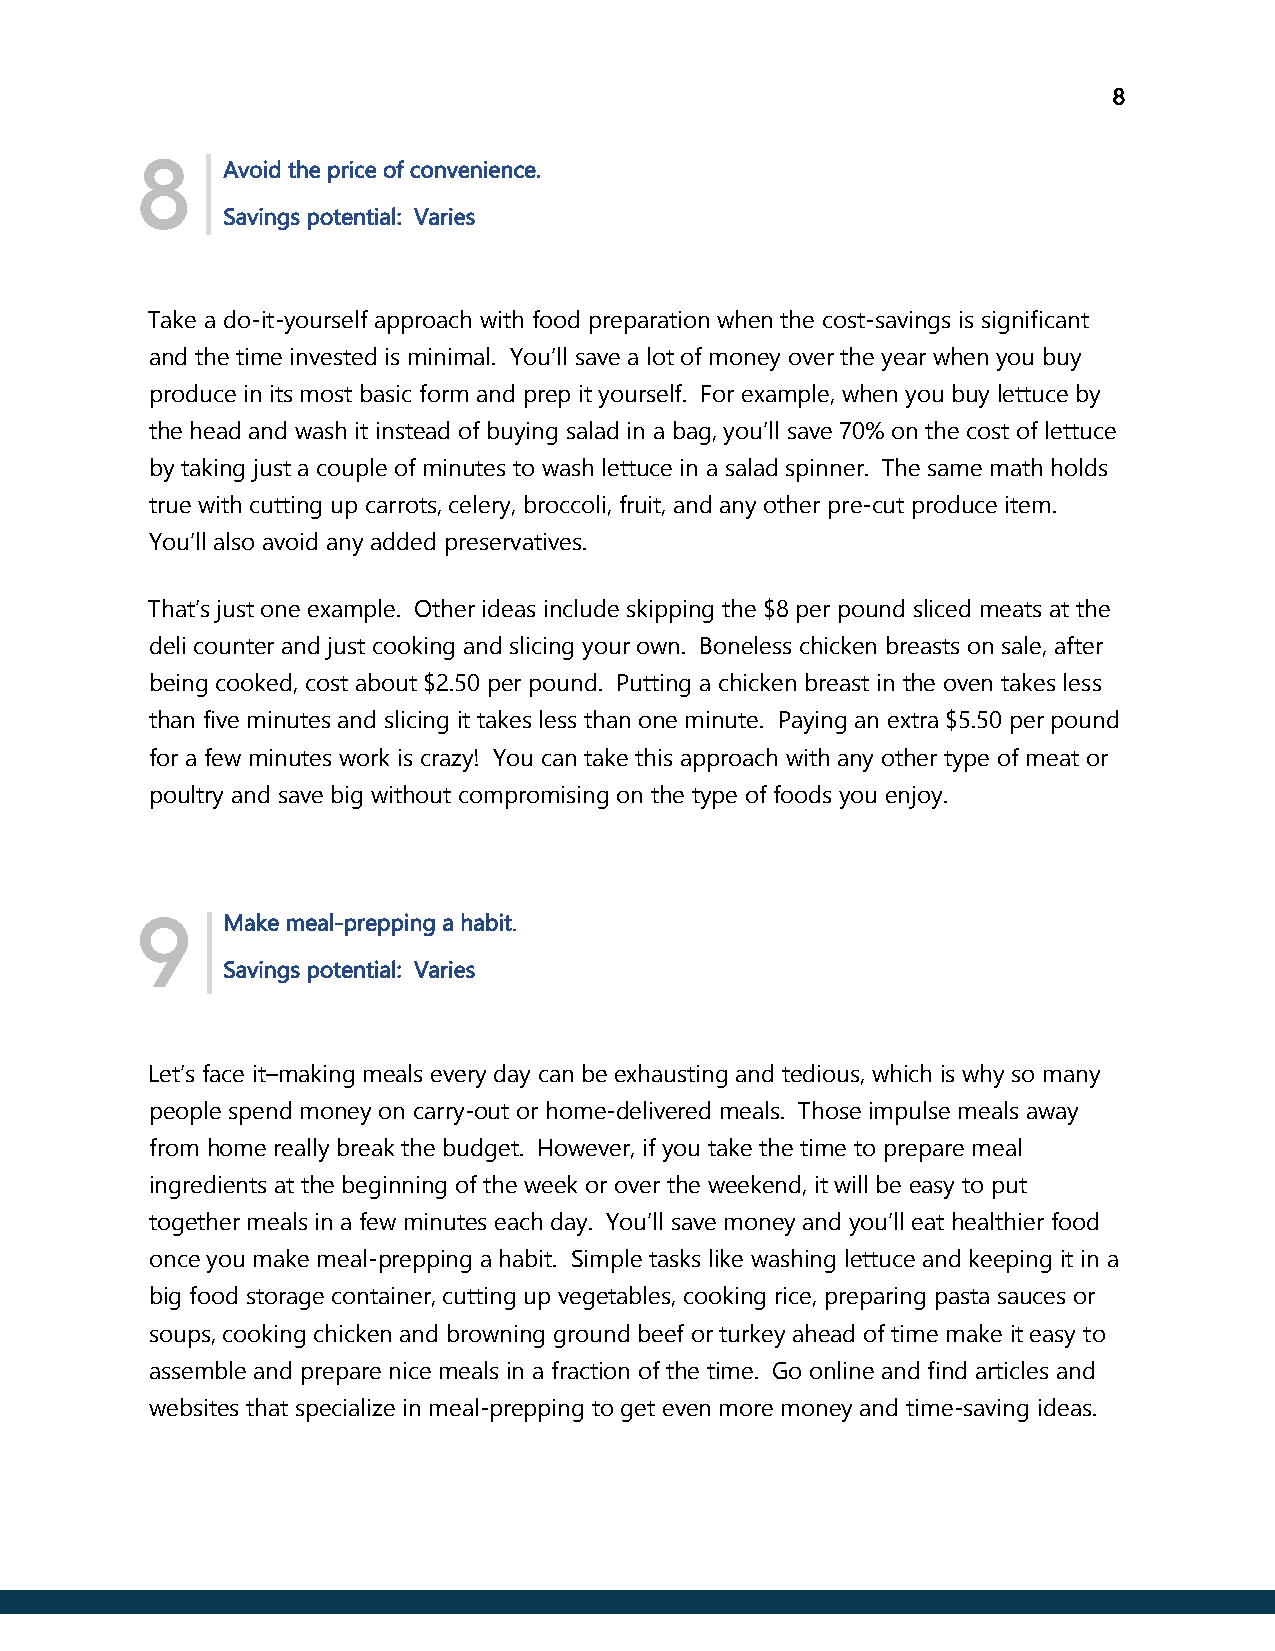
8
 |
 8     Avoid the price of convenience.
 Savings potential: Varies
 Take a do-it-yourself approach with food preparation when the cost-savings is significant
 and the time invested is minimal. You’ll save a lot of money over the year when you buy
 produce in its most basic form and prep it yourself. For example, when you buy lettuce by
 the head and wash it instead of buying salad in a bag, you’ll save 70% on the cost of lettuce
 by taking just a couple of minutes to wash lettuce in a salad spinner. The same math holds
 true with cutting up carrots, celery, broccoli, fruit, and any other pre-cut produce item.
 You’ll also avoid any added preservatives.
 That’s just one example. Other ideas include skipping the $8 per pound sliced meats at the
 deli counter and just cooking and slicing your own. Boneless chicken breasts on sale, after
 being cooked, cost about $2.50 per pound. Putting a chicken breast in the oven takes less
 than five minutes and slicing it takes less than one minute. Paying an extra $5.50 per pound
 for a few minutes work is crazy! You can take this approach with any other type of meat or
 poultry and save big without compromising on the type of foods you enjoy.
 |Make meal-prepping a habit.
 9
 Savings potential: Varies
 Let’s face it–making meals every day can be exhausting and tedious, which is why so many
 people spend money on carry-out or home-delivered meals. Those impulse meals away
 from home really break the budget. However, if you take the time to prepare meal
 ingredients at the beginning of the week or over the weekend, it will be easy to put
 together meals in a few minutes each day. You’ll save money and you’ll eat healthier food
 once you make meal-prepping a habit. Simple tasks like washing lettuce and keeping it in a
 big food storage container, cutting up vegetables, cooking rice, preparing pasta sauces or
 soups, cooking chicken and browning ground beef or turkey ahead of time make it easy to
 assemble and prepare nice meals in a fraction of the time. Go online and find articles and
 websites that specialize in meal-prepping to get even more money and time-saving ideas.